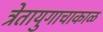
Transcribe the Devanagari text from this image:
त्रेतायुगाचाकाळ